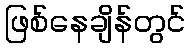
ဖြစ်နေချိန်တွင်